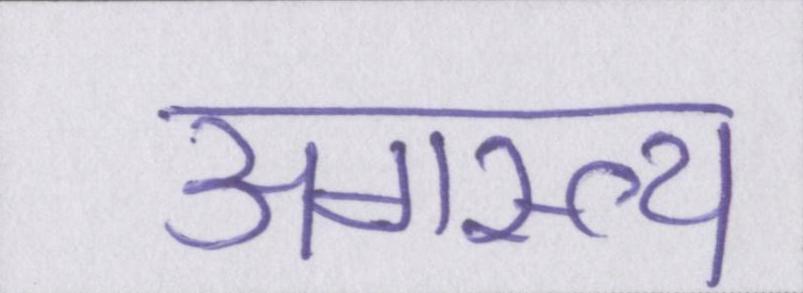
अगस्त्य